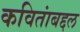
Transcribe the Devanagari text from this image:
कवितांबद्दल